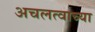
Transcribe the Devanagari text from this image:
अचलत्वाच्या